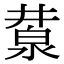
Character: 𣸕